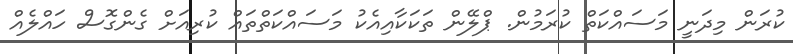
ކުރަން މިދަނީ މަސައްކަތް ކުރަމުން. ޕްލޭން ތަކަކާއިއެކު މަސައްކަތްތައް ކުރިއަށް ގެންގޮސް ހައްލެއް